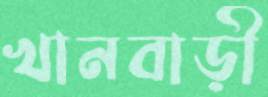
খানবাড়ী